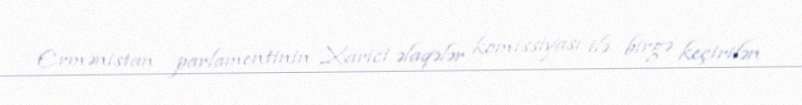
Ermənistan parlamentinin Xarici əlaqələr komissiyası ilə birgə keçirilən